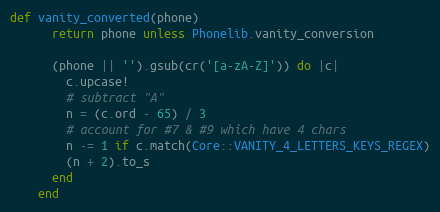
Language: Ruby
def vanity_converted(phone)
      return phone unless Phonelib.vanity_conversion

      (phone || '').gsub(cr('[a-zA-Z]')) do |c|
        c.upcase!
        # subtract "A"
        n = (c.ord - 65) / 3
        # account for #7 & #9 which have 4 chars
        n -= 1 if c.match(Core::VANITY_4_LETTERS_KEYS_REGEX)
        (n + 2).to_s
      end
    end